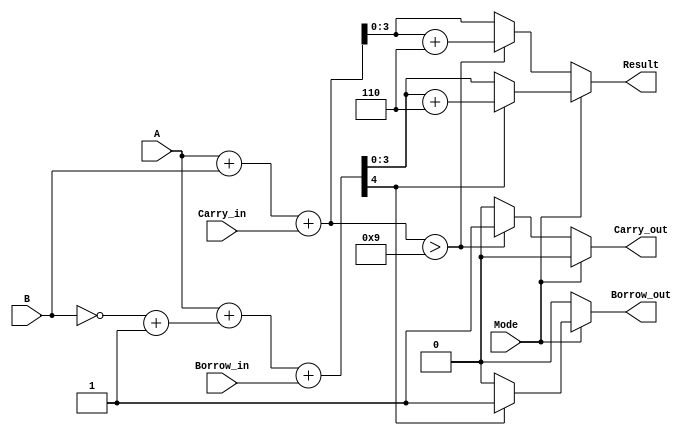
module BCD_Add_Subtracter (
    input [3:0] A,         // First BCD digit
    input [3:0] B,         // Second BCD digit
    input Mode,            // Control signal (0: Add, 1: Subtract)
    input Carry_in,        // Carry input for addition
    input Borrow_in,       // Borrow input for subtraction
    output reg [3:0] Result, // BCD result
    output reg Carry_out,   // Carry output for addition
    output reg Borrow_out    // Borrow output for subtraction
);

    wire [4:0] Sum;          // 5 bits to accommodate carry
    wire [4:0] Sub;          // 5 bits for subtraction
    wire [3:0] B_neg;        // Two's complement of B for subtraction
    wire add_carry;          // Carry output from addition
    wire sub_borrow;         // Borrow output from subtraction

    // Two's complement of B for subtraction
    assign B_neg = ~B + 4'b0001; // B_neg = ~B + 1

    // Binary addition of A, B, and Carry_in
    assign Sum = A + B + Carry_in;

    // Binary subtraction (A + (Two's complement of B))
    assign Sub = A + B_neg + Borrow_in;

    always @(*) begin
        // Default outputs
        Result = 4'b0000;
        Carry_out = 1'b0;
        Borrow_out = 1'b0;

        if (Mode == 1'b0) begin // Addition
            // Check if sum exceeds BCD limit (9)
            if (Sum > 5'd9) begin
                Result = Sum + 4'b0110; // Add 6 to correct BCD
                Carry_out = 1'b1;       // Set carry out
            end else begin
                Result = Sum[3:0];      // Assign lower 4 bits
            end
        end else begin // Subtraction
            // Check for borrow condition
            if (Sub[4] == 1'b1) begin // If the 5th bit (sign bit) is 1, borrow occurred
                Result = Sub + 4'b0110; // Add 6 to result to correct BCD
                Borrow_out = 1'b1;      // Set borrow out
            end else begin
                Result = Sub[3:0];       // Assign lower 4 bits
            end
        end
    end

endmodule